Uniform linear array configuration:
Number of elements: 32
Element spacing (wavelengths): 0.25
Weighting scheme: cosine
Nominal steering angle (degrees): -15
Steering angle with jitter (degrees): -15.611
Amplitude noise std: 0.05
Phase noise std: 0.05

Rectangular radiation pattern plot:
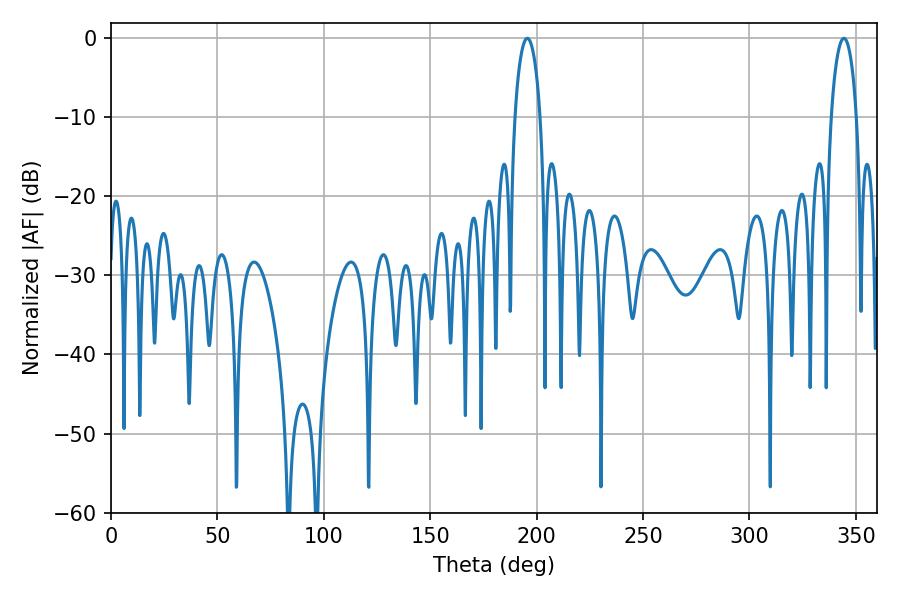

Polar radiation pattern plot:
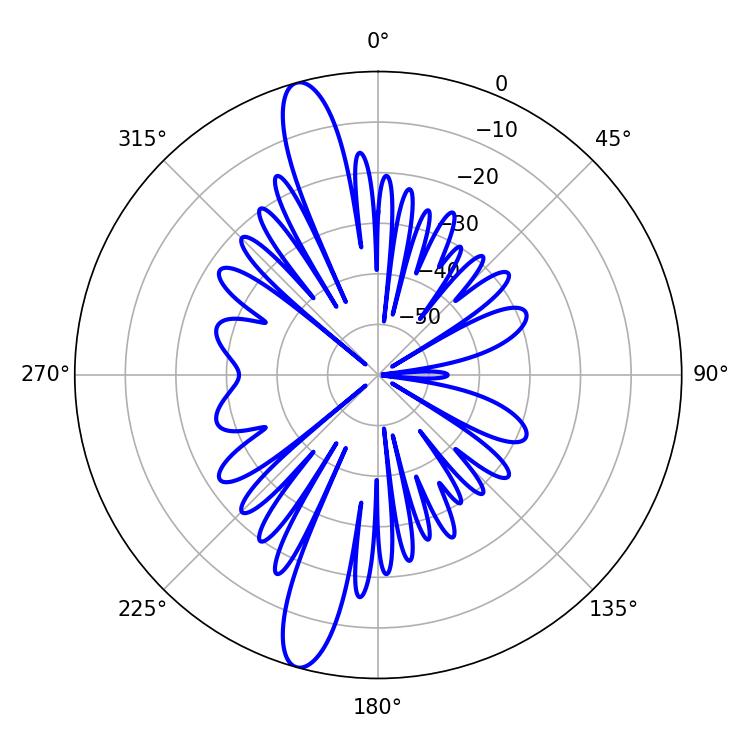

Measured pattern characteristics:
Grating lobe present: FALSE
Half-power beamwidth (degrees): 6.84
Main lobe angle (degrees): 195.66